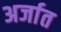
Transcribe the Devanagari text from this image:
अर्जात